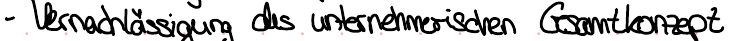
- Vernachlässigung des unternehmerischen Gesamtkonzept